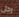
رجل